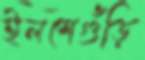
ইলশেগুঁড়ি